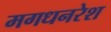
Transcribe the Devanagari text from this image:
मगधनरेश